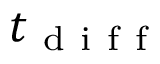
t _ { \mathrm { ~ d ~ i ~ f ~ f ~ } }